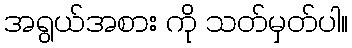
အရွယ်အစား ကို သတ်မှတ်ပါ။